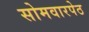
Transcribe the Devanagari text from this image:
सोमवारपेठ